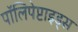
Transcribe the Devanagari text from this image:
पॉलिपेप्टाइड्स